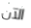
الآن